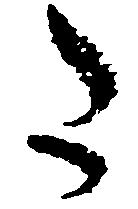
た